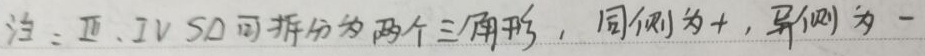
注：Ⅲ、Ⅳ 50可拆分为两个三角形，同侧为+，异侧为 -